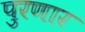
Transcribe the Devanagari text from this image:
पुरणार